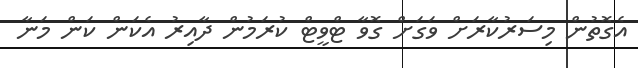
އެގޮތުން މިސަރުކާރަށް ވަގަށް ގޮވާ ޓްވީޓް ކުރަމުން ދާއިރު އެކަން ކަން މަނާ